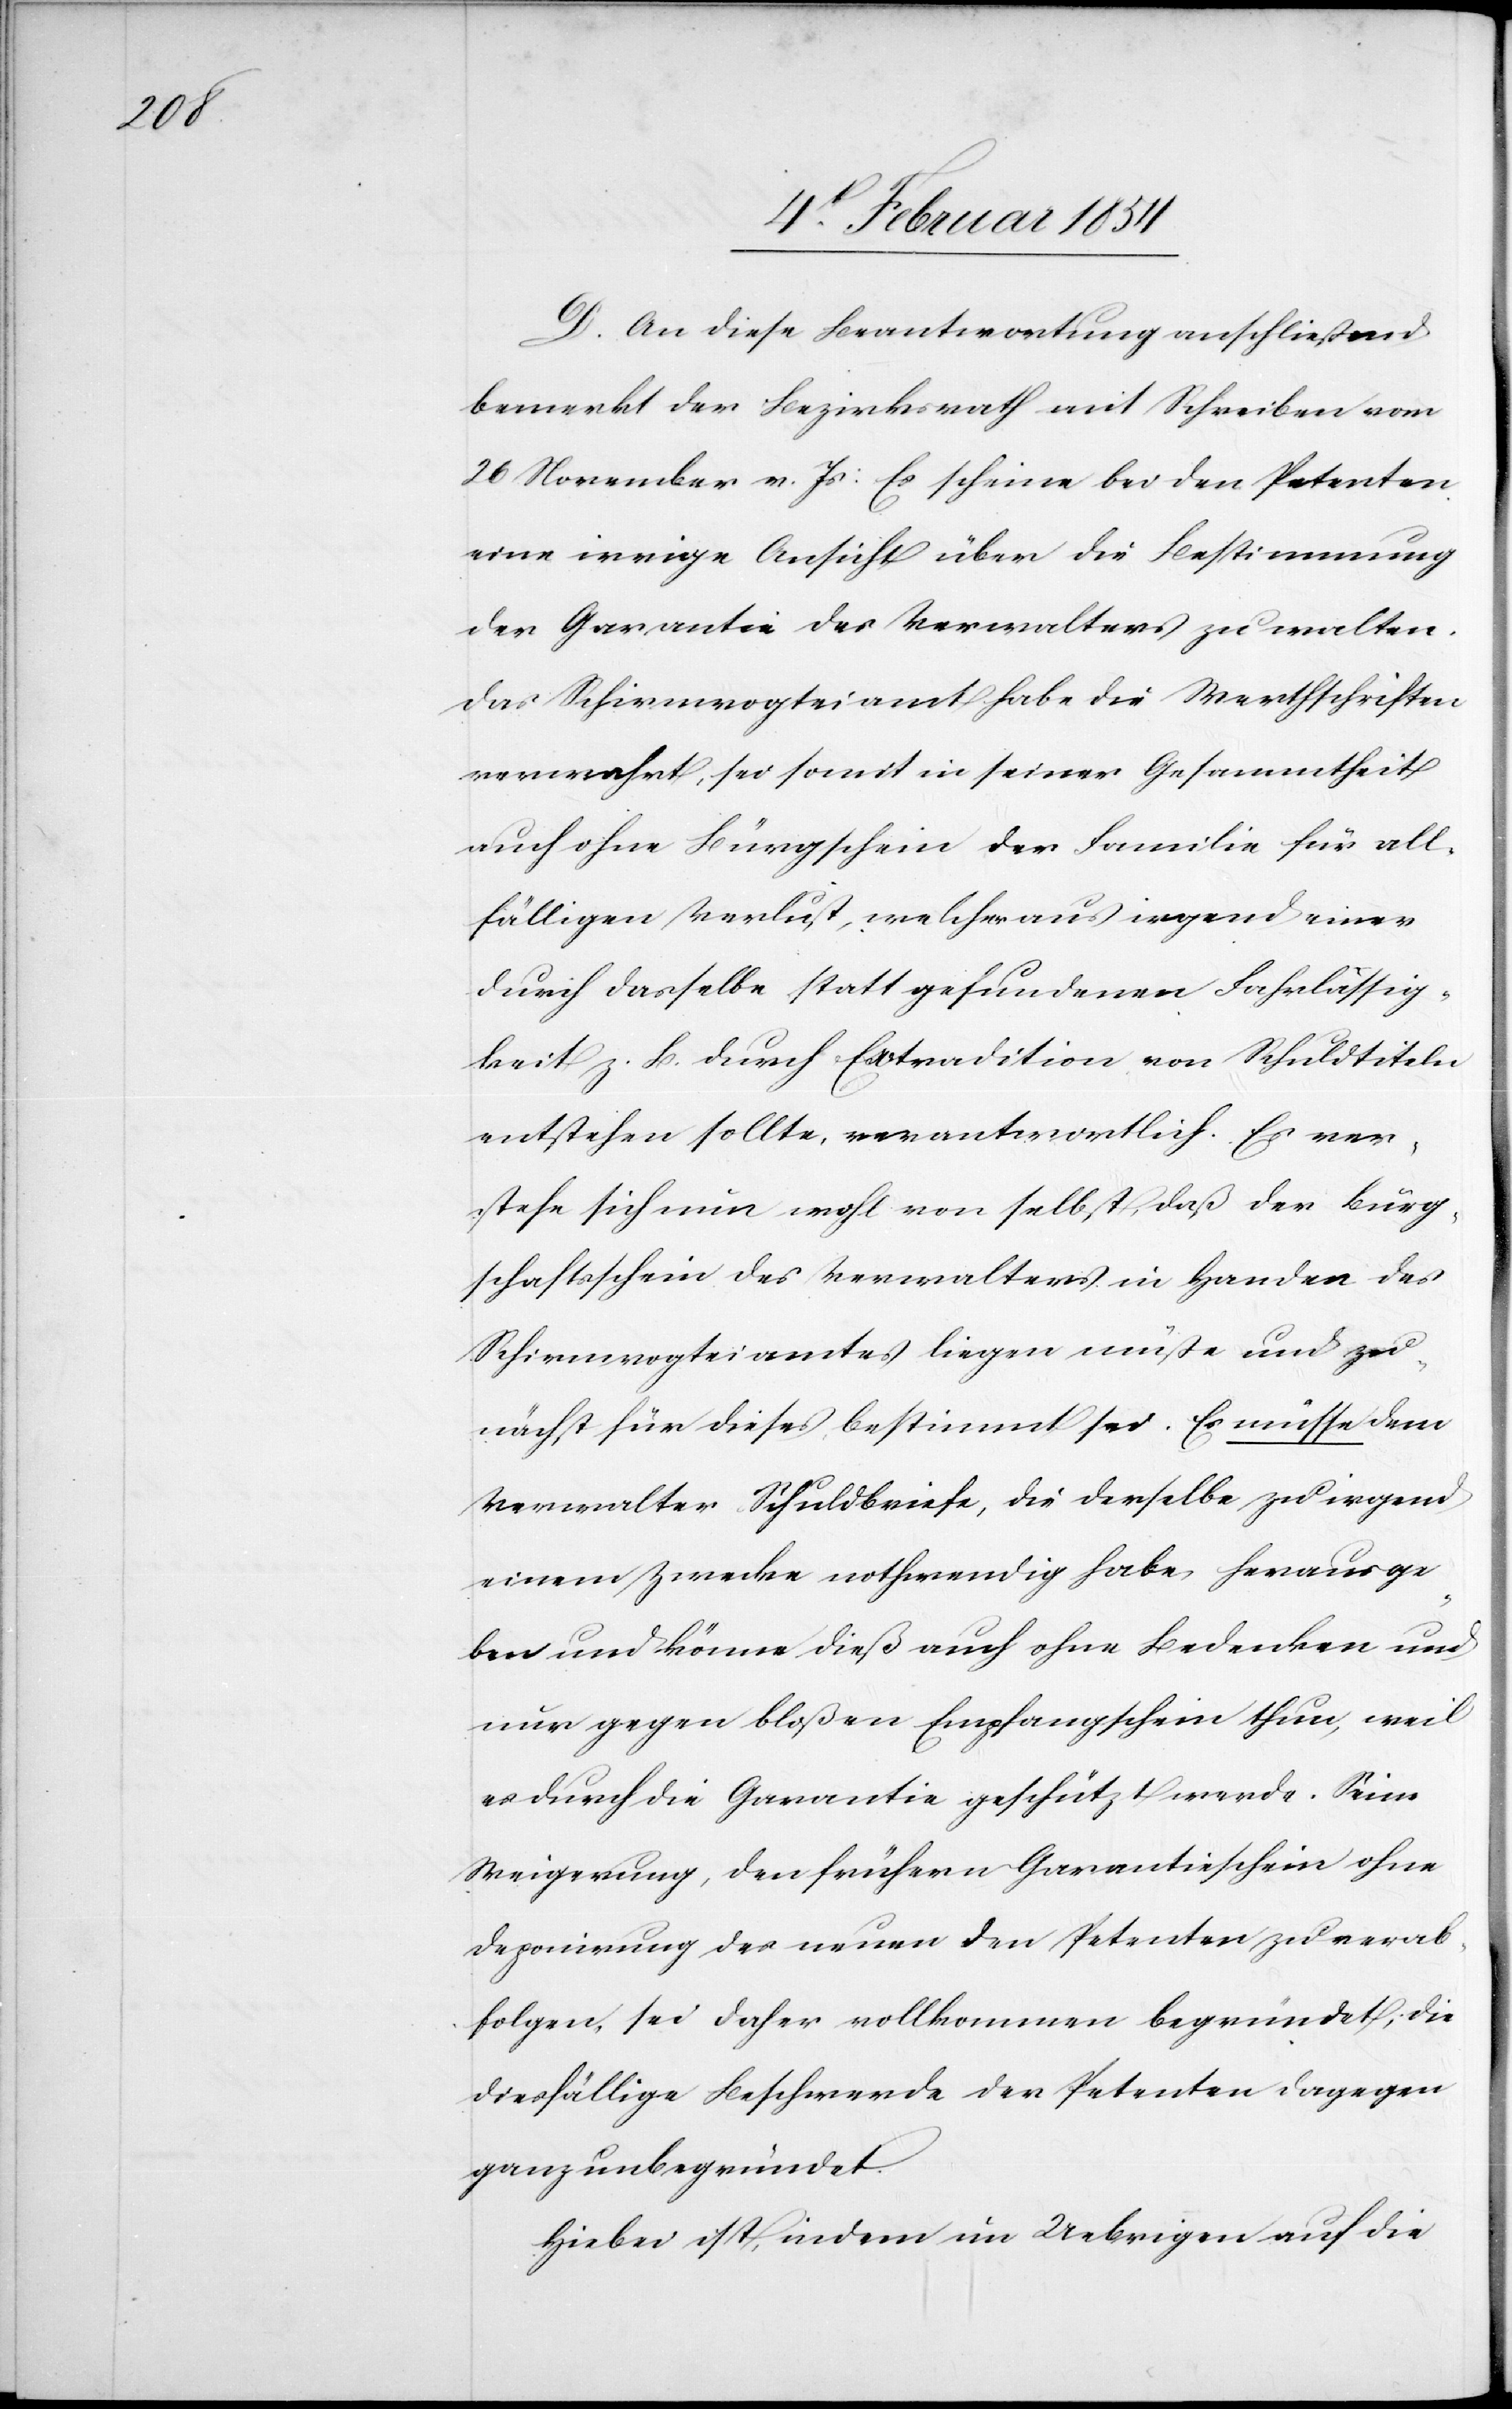
D. An diese Beantwortung anschließend
bemerkt der Bezirksrath mit Schreiben vom
26 November v. Js: Es scheine bei den Petenten
eine irrige Ansicht über die Bestimmung
der Garantie des Verwalters u walten.
Das Schirmvogteiamt habe die Werthschriften
verwahrt, sei somit in seiner Gesammtheit
auch ohne Bürgschein der Familie für all¬
fälligen Verlust, welcher aus irgend einer
durch dasselbe Statt gefundenen Fahrlässig¬
keit z. B. durch Extradition von Schuldtiteln
entstehen sollte, verantwortlich. Es ver¬
stehe sich nun wohl von selbst, daß der Bürg¬
schaftsschein des Verwalters in Handen des
Schirmvogteiamtes liegen müßte und zu¬
nächst für dieses bestimmt sei. Es müsse dem
Verwalter Schuldbriefe, die derselbe zu irgend
einem Zwecke nothwendig habe, herausge¬
ben und könne dieß auch ohne Bedenken und
nur gegen bloßen Empfangschein thun, weil
es durch die Garantie geschützt werde. Seine
Verweigerung, den frühern Garantieschein ohne
Deponirung des neuen den Petenten zu verab¬
folgen, sei daher vollkommen begründet; die
diesfällige Beschwerde der Petenten dagegen
ganz unbegründet.
Hiebei ist, indem im Uebrigen auf die